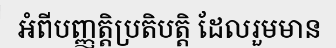
អំពីបញ្ញត្តិប្រតិបត្តិ ដែលរួមមាន